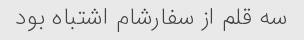
سه قلم از سفارشام اشتباه بود